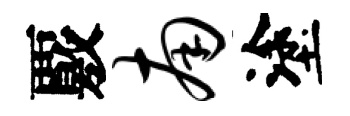
覈南塗